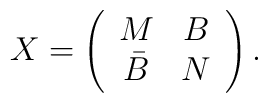
X = \left(  \begin{array}{cc}  M & B  \\  \bar{B}  & N   \end{array}   \right).